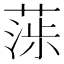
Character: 𦶵